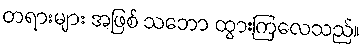
တရားများ အဖြစ် သဘော ထွားကြလေသည်။